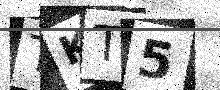
Text: TKT5